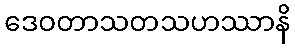
ဒေဝတာသတသဟဿာနိ